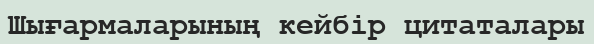
Шығармаларының кейбір цитаталары